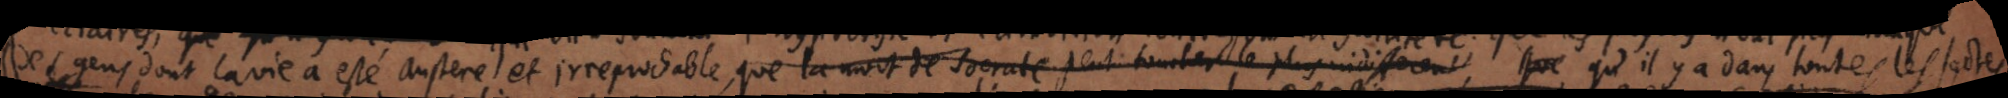
des gens dont la vie a esté austere et irreprochable, que la mort de Socrate peut toucher le plus indifferent qu’il y a dans toutes les sectes